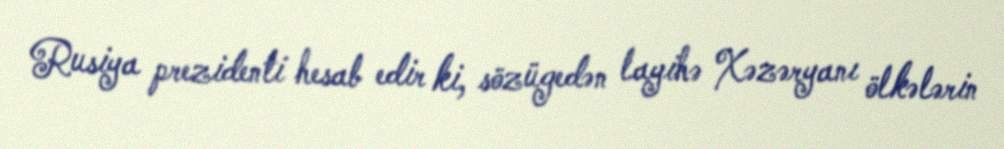
Rusiya prezidenti hesab edir ki, sözügedən layihə Xəzəryanı ölkələrin